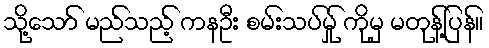
သို့သော် မည်သည့် ကနဦး စမ်းသပ်မ်ှု ကိုမှ မတုန့်ပြန်။